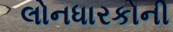
લોનધારકોની